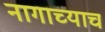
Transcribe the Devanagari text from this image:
नागाच्याच